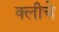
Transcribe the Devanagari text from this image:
क्लीचे